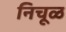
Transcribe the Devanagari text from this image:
निचूळ